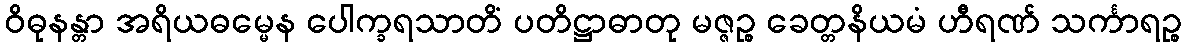
ဝိဓုနန္တာ အရိယဓမ္မေန ပေါက္ခရသာတိံ ပတိဋ္ဌာဓာတု မဇ္ဇဉ္စ ခေတ္တနိယမံ ဟီရဏ် သင်္ကာရဉ္စ